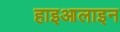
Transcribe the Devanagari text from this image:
हाइआलाइन